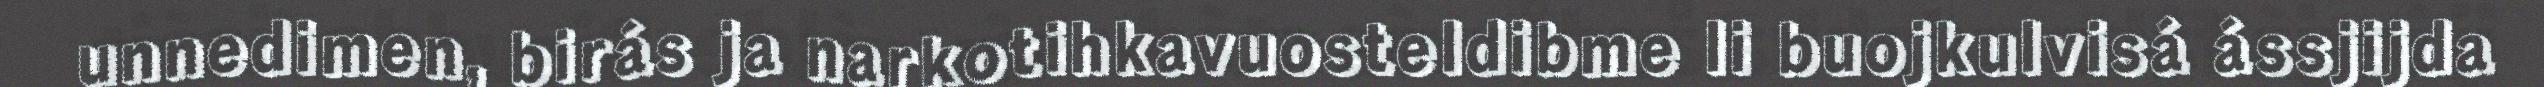
unnedimen, birás ja narkotihkavuosteldibme li buojkulvisá ássjijda